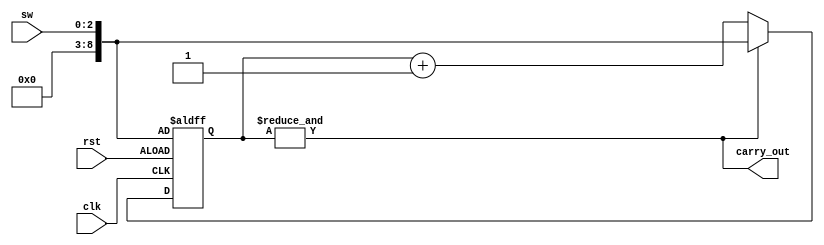
`timescale 1 ns/ 1 ns
module frequencyselect (input[2:0] sw, input clk,rst, output  carry_out);
	reg [8:0] count = 9'b000101000;
	always@(posedge clk, posedge rst) begin
		if (rst)
			count <= {{6'b000000}, sw};
		else if (&count)
			count <= {{6'b000000}, sw};
		else count <= count + 1;
	end
	assign carry_out = &count;
endmodule